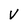
Character: V